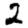
Digit: 2